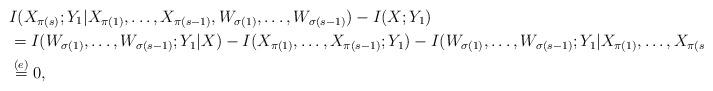
LaTeX: \begin{align*} &I(X_{\pi(s)};Y_1|X_{\pi(1)},\ldots,X_{\pi(s-1)},W_{\sigma(1)},\ldots,W_{\sigma(s-1)}) - I(X;Y_1)\\ &= I(W_{\sigma(1)},\ldots,W_{\sigma(s-1)};Y_1|X) - I(X_{\pi(1)},\ldots,X_{\pi(s-1)};Y_1) - I(W_{\sigma(1)},\ldots,W_{\sigma(s-1)};Y_1|X_{\pi(1)},\ldots,X_{\pi(s-1)})\\ &\stackrel{(e)}{=}0,\end{align*}